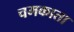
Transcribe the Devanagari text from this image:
चमकाता